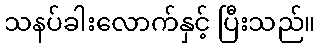
သနပ်ခါးလောက်နှင့် ပြီးသည်။